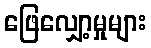
ဖြေလျှော့မှုများ